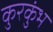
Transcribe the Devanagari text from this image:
कुरकुंभ